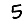
Digit: 5